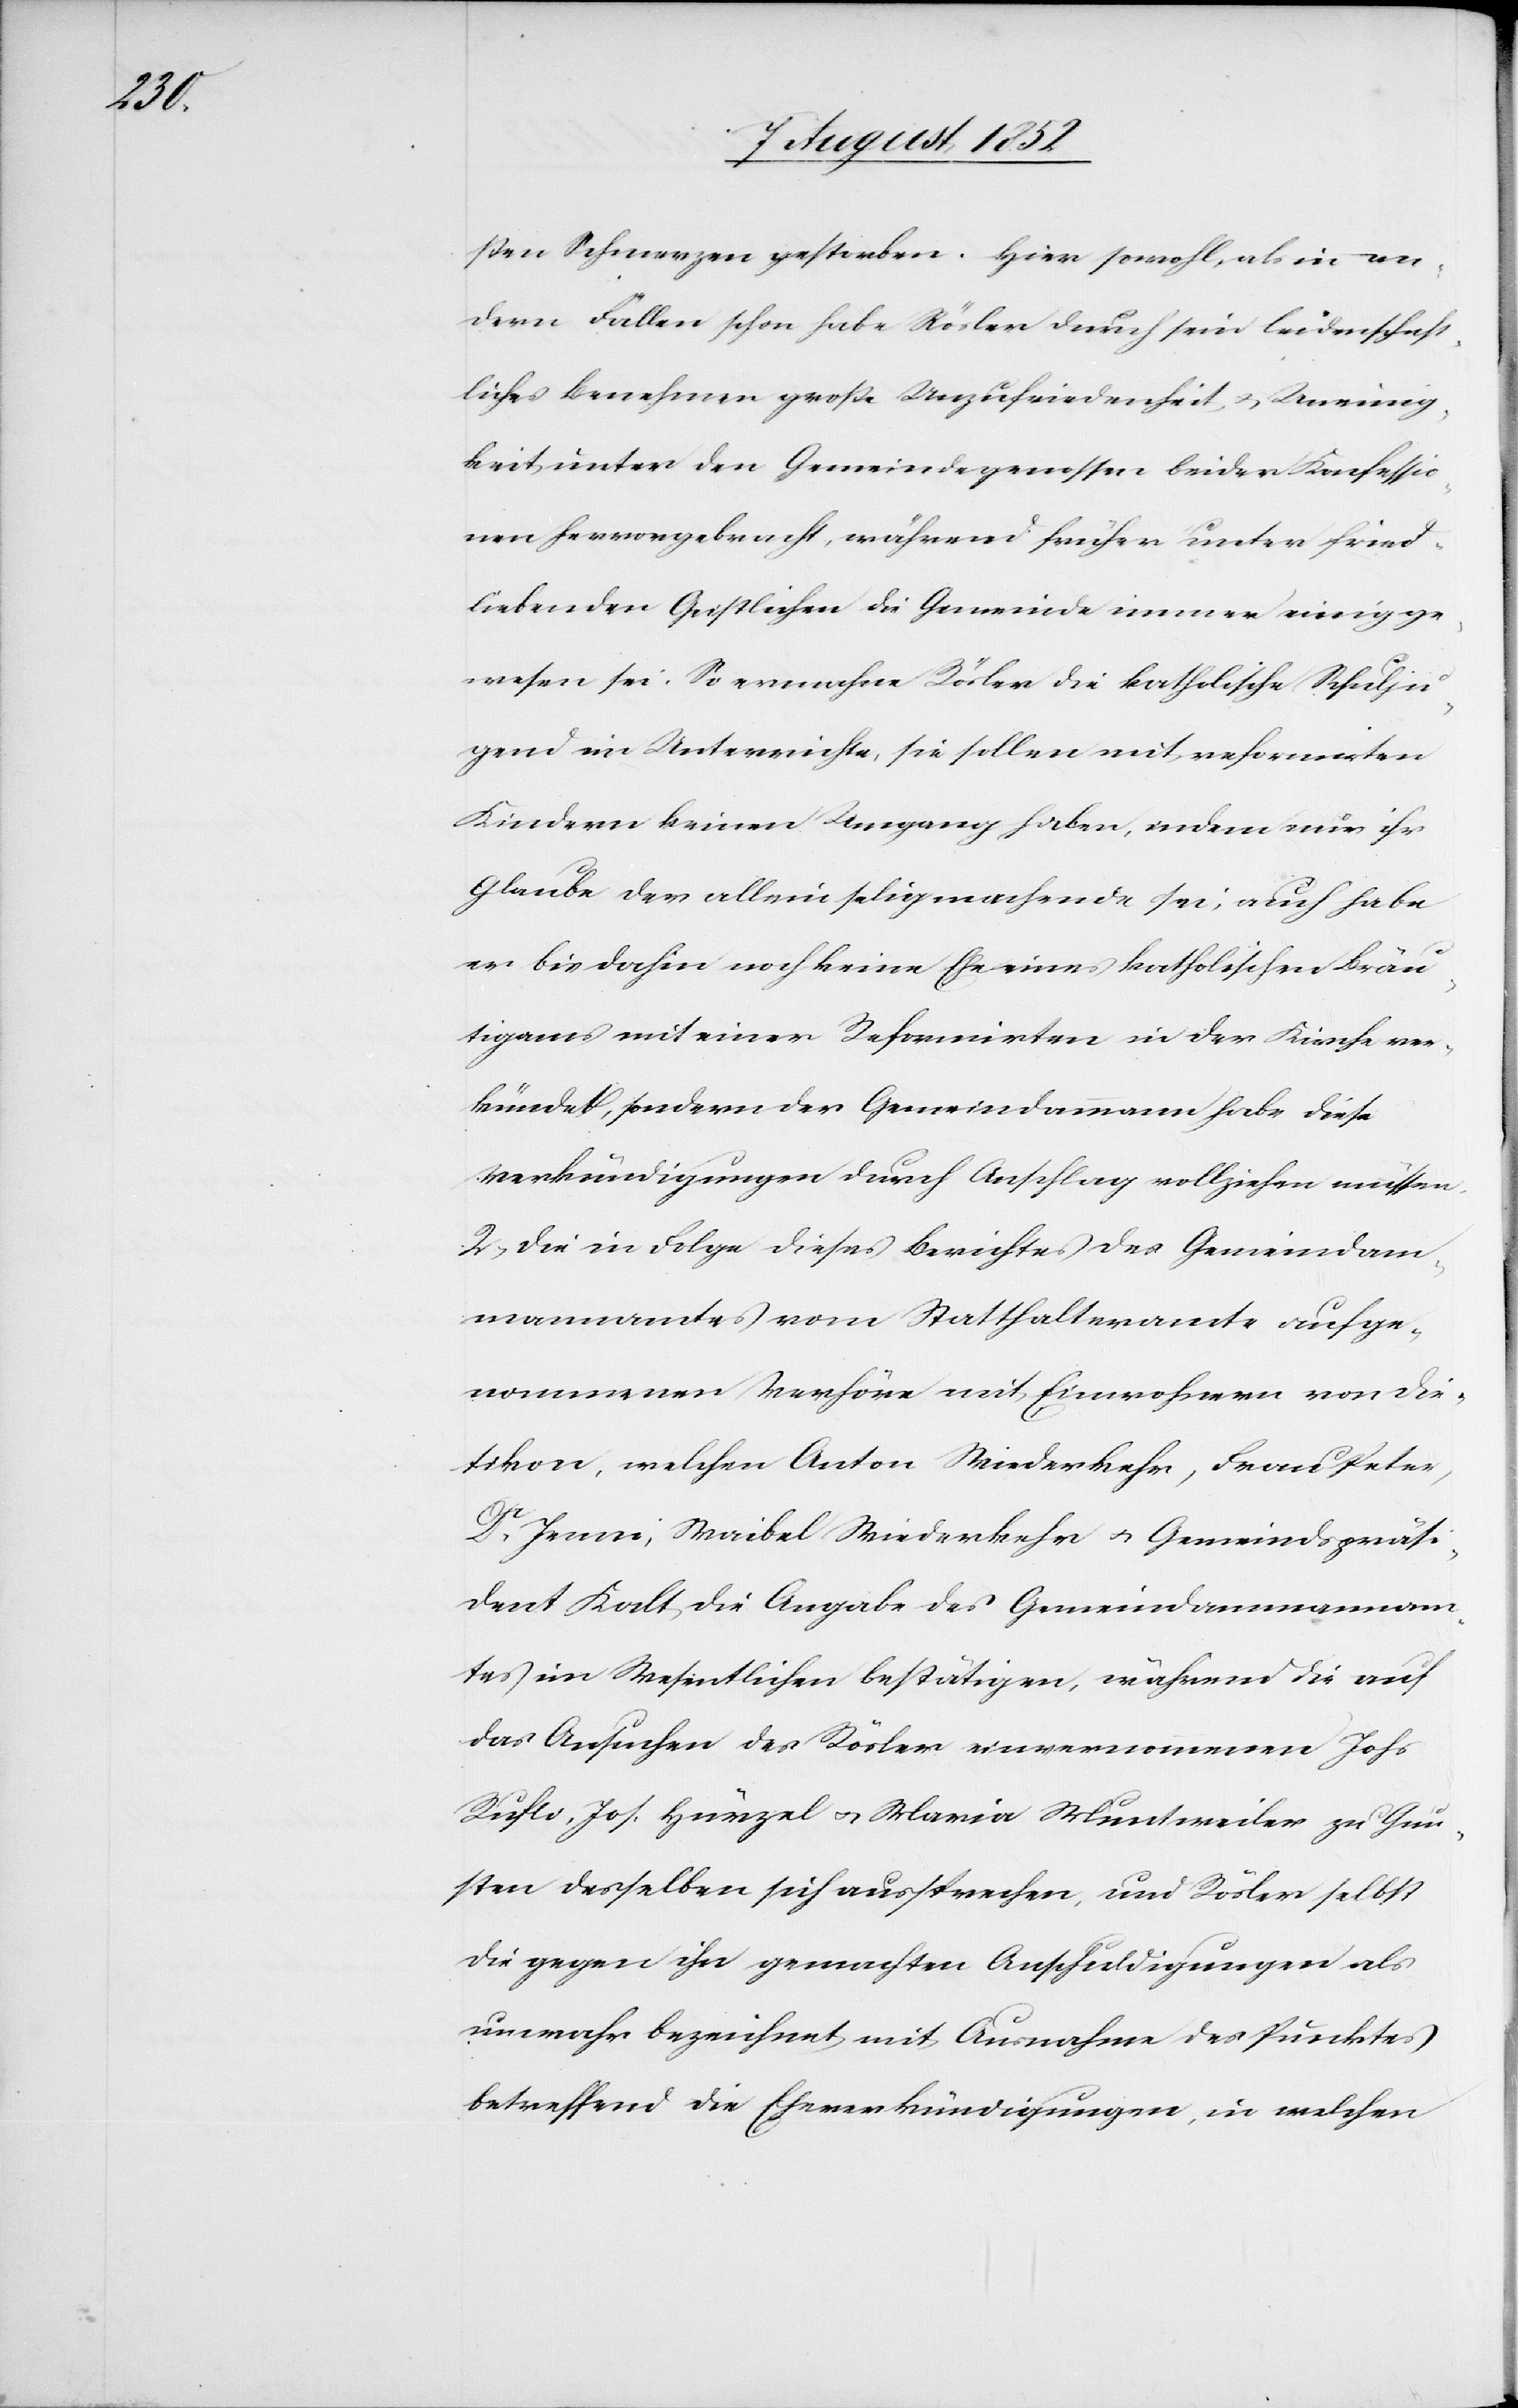
tikon,

ßen Schmerzen gestorben. Hier sowohl, als in an¬
dern Fällen schon habe Rösler durch sein leidenschaft¬
liches Benehmen große Unzufriedenheit & Uneinig¬
keit unter den Gemeindegenossen beider Konfessio¬
nen hervorgebracht, während früher unter fried¬
liebenden Geistlichen die Gemeinde immer einig ge¬
wesen sei. So ermahne Rösler die katholische Schulju¬
gend im Unterrichte, sie sollen mit reformirten
Kindern keinen Umgang haben, indem nur ihr
Glaube der allein seligmachende sei, auch habe
er bis dahin noch keine Ehe eines katholischen Bräu¬
tigams mit einer Reformirten in der Kirche ver¬
kündet, sondern der Gemeindammann habe diese
Verkündigungen durch Anschlag vollziehen müssen.
2, Die in Folge dieses Berichtes des Gemeindam¬
mannamtes vom Statthalteramte aufge¬
nommenen Verhöre mit Einwohnern von Die¬
[von] welchen Anton Wiederkehr, Frau Peter,
Dr. Jenni, Waibel Wiederkehr & Gemeindspräsi¬
dent Kalt die Angabe des Gemeindammannam¬
tes im Wesentlichen bestätigen, während die auf
das Ansuchen des Rösler einvernommenen Johs
Rufli, Jos. Hürzel & Maria Muntweiler zu Gun¬
sten desselben sich aussprechen, und Rösler selbst
die gegen ihn gemachten Anschuldigungen als
unwahr bezeichnet mit Ausnahme des Punktes
betreffend die Eheverkündigungen, in welchen